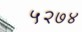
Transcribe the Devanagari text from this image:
५२७४